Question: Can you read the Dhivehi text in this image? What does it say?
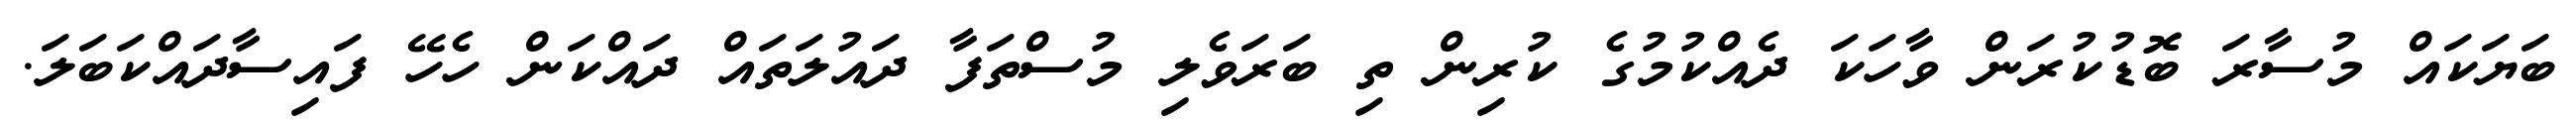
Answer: ބަޔަކައް މުސާރަ ބޮޑުކުރަން ވާހަކަ ދެއްކުމުގެ ކުރިން ތި ބަރަވެލި މުސްތަފާ ދައުލަތައް ދައްކަން ހެހޭ ފައިސާދައްކަބަލަ.